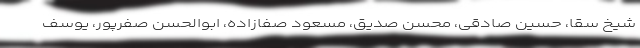
شیخ سقا، حسین صادقی، محسن صدیق، مسعود صفازاده، ابوالحسن صفرپور، یوسف